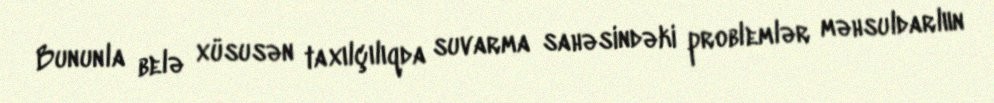
Bununla belə xüsusən taxılçılıqda suvarma sahəsindəki problemlər məhsuldarlıın